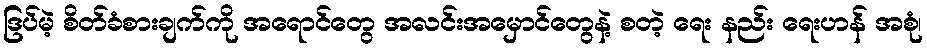
ဒြပ်မဲ့ စိတ်ခံစားချက်ကို အရောင်တွေ အလင်းအမှောင်တွေနဲ့ စတဲ့ ရေး နည်း ရေးဟန် အစုံ၊